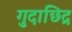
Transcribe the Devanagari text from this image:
गुदाछिद्र